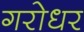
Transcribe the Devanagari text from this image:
गरोधर